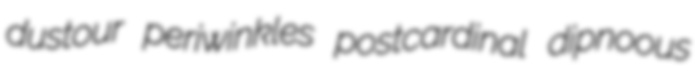
dustour periwinkles postcardinal dipnoous